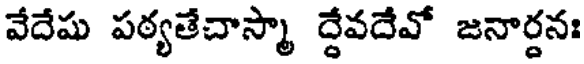
వేదేషు పఠ్యతేచాస్మా ద్దేవదేవో జనార్దనః